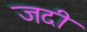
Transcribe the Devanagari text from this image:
जदी